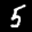
Label: 5